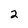
Character: 2